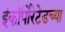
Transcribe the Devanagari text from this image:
इंकॉर्पोरेटेडच्या